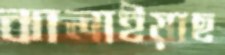
ঝালাইয়াছ